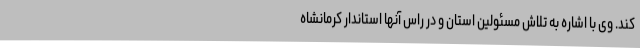
کند. وی با اشاره به تلاش مسئولین استان و در راس آنها استاندار کرمانشاه